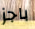
باجز